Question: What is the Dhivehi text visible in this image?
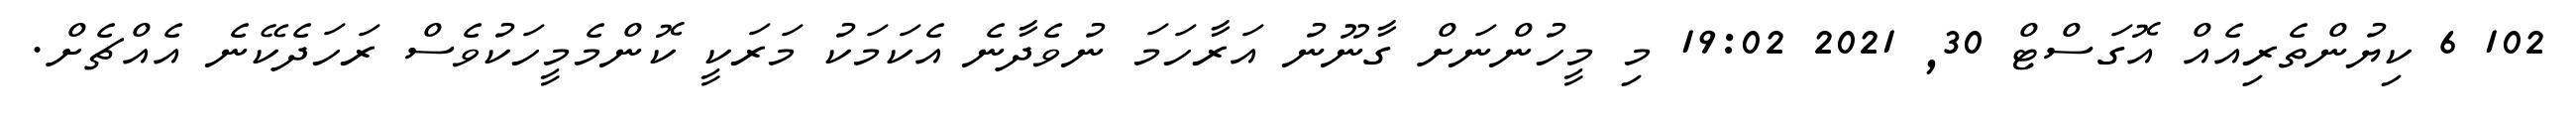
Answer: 102 6 ކިޔުންތެރިއެއް އޮގަސްޓް 30, 2021 19:02 މި މީހުންނަށް ގާނޫނު އަރާހަމަ ނުވެދާނެ އެކަމަކު މަރަކީ ކޮންމެމީހަކުވެސް ރަހަދެކޭނެ އެއްޗެށް.